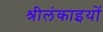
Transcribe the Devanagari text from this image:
श्रीलंकाइयों